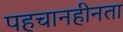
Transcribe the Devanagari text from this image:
पहचानहीनता